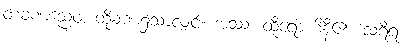
တံခဏညေဝ၊ ထိုခဏ၌သာလျှင်။ အဿ၊ ထိုရောဟိနီ၏။ သရီရံ၊